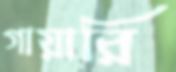
গায়ারি